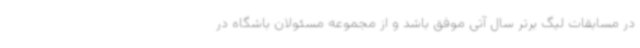
در مسابقات لیگ برتر سال آتی موفق باشد و از مجموعه مسئولان باشگاه در